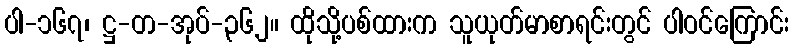
ပါ-၁၆၇၊ ဋ္ဌ-တ-အုပ်-၃၆၂။ ထိုသို့ပစ်ထားက သူယုတ်မာစာရင်းတွင် ပါဝင်ကြောင်း